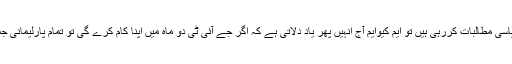
انہوں کہاکہ جو جماعتیں آج اس فیصلے پر اپنی آراء کے ذریعے سیاسی مطالبات کررہی ہیں تو ایم کیوایم آج انہیں پھر یاد دلاتی ہے کہ اگر جے آئی ٹی دو ماہ میں اپنا کام کرے گی تو تمام پارلیمانی جماعتیں طے کریں کہ ہم پاکستان سے کرپشن کا مکمل خاتمہ کریں ۔